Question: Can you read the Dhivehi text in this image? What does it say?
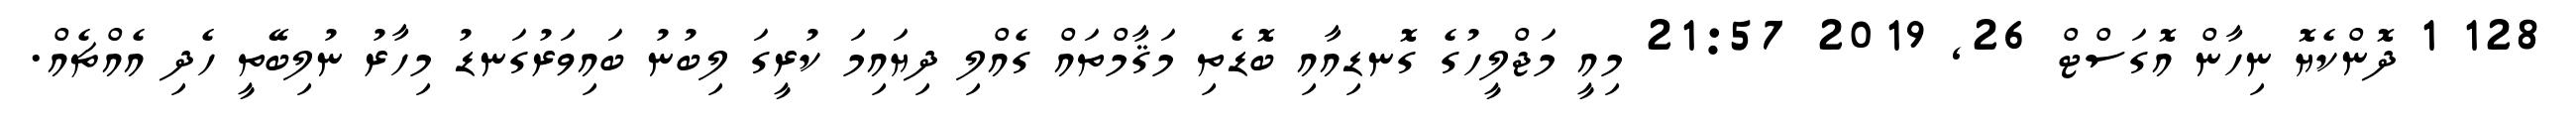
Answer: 128 1 ދޮންކެޔޮ ނިހާން އޮގަސްޓް 26, 2019 21:57 މިއީ މަޖްލީހުގެ ގޮނޑިއާއި ބޮޑެތި މަޤާމްތައް ގެއްލި ދިޔައިމަ ކުރީގަ ލިބުނު ބައިވަރުގަނޑު މިހާރު ނުލިބޭތީ ހެދި އެއްޗެއް.